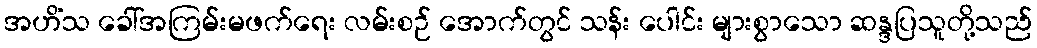
အဟိံသ ခေါ်အကြမ်းမဖက်ရေး လမ်းစဉ် အောက်တွင် သန်း ပေါင်း များစွာသော ဆန္ဒပြသူတို့သည်